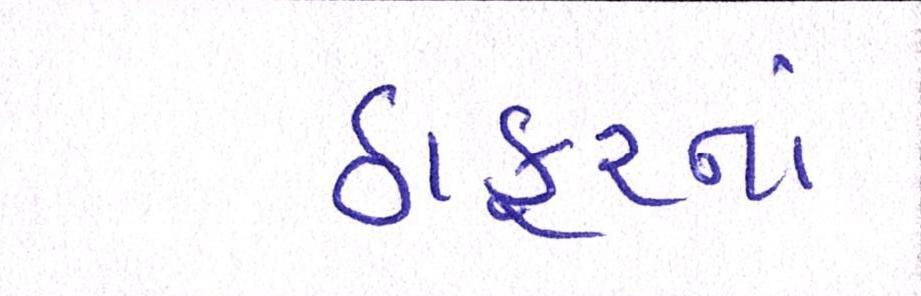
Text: ઠાકુરનાં